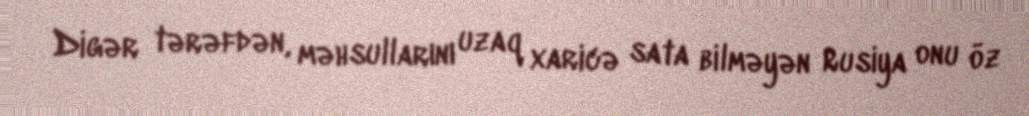
Digər tərəfdən, məhsullarını uzaq xaricə sata bilməyən Rusiya onu öz